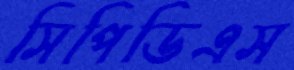
সিপিডিএস